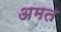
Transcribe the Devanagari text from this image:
अमत